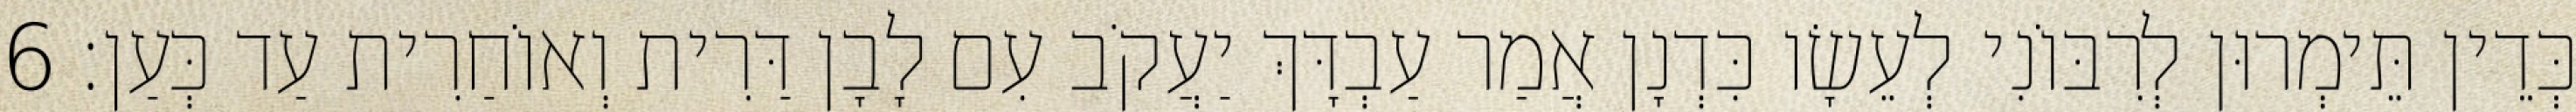
כְּדֵין תֵּימְרוּן לְרִבּוֹנִי לְעֵשָׂו כִּדְנָן אֲמַר עַבְדָּךְ יַעֲקֹב עִם לָבָן דַּרִית וְאוֹחַרִית עַד כְּעַן׃ 6